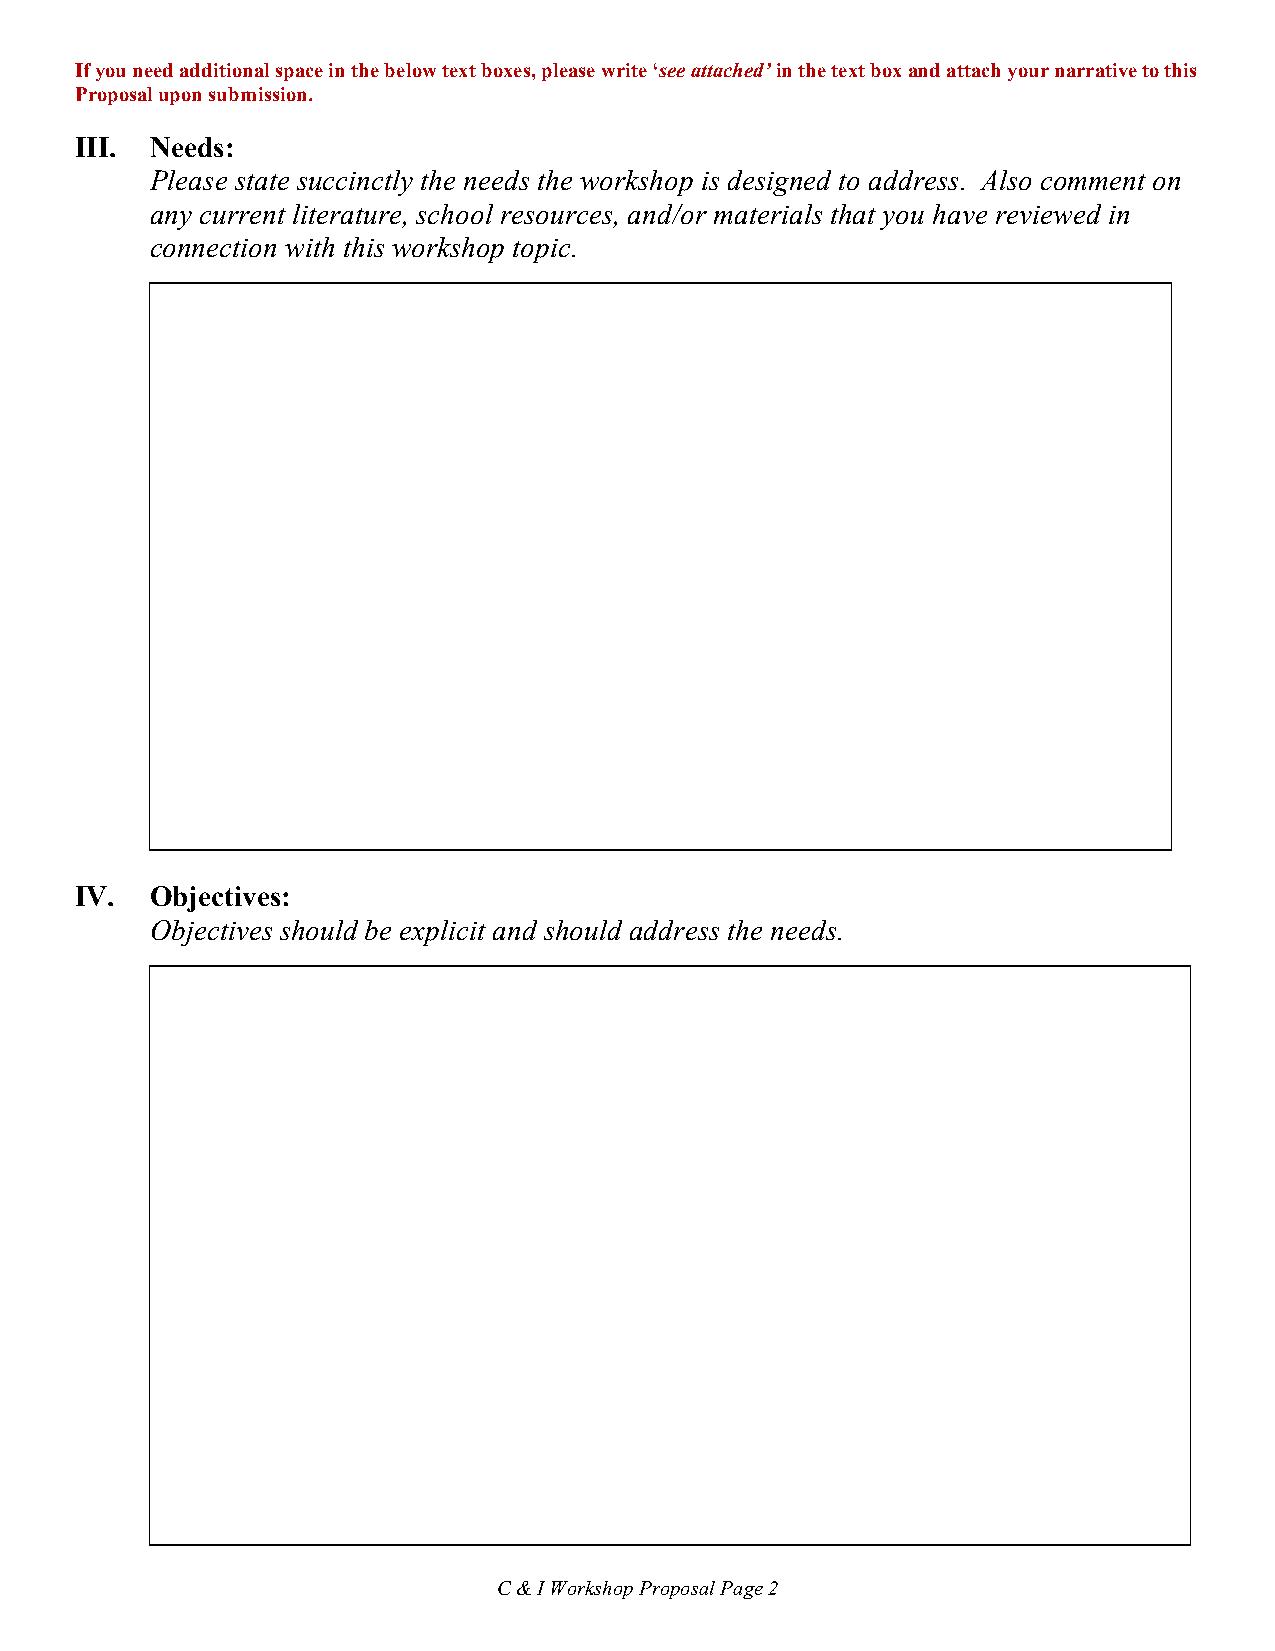
If you need additional space in the below text boxes, please write ‘see attached’ in the text box and attach your narrative to this
 Proposal upon submission.
 III. Needs:
 Please state succinctly the needs the workshop is designed to address. Also comment on
 any current literature, school resources, and/or materials that you have reviewed in
 connection with this workshop topic.
 IV.  Objectives:
 Objectives should be explicit and should address the needs.
 C & I Workshop Proposal Page 2